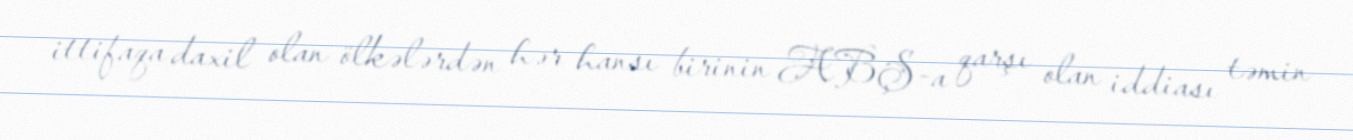
ittifaqa daxil olan ölkələrdən hər hansı birinin ABŞ-a qarşı olan iddiası təmin